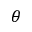
\theta